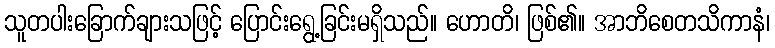
သူတပါးခြောက်ချားသဖြင့် ပြောင်းရွေ့ခြင်းမရှိသည်။ ဟောတိ၊ ဖြစ်၏။ အာဘိစေတသိကာနံ၊